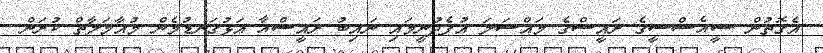
އެގޮތުން ސީއެސްސީގެ ރައީސްގެ މައްސަލަ އުފެދުނީމައި ނައިބު ރައީސްއާ އަޅުގަނޑުމެން މުއާމަލާތް ކުރަން